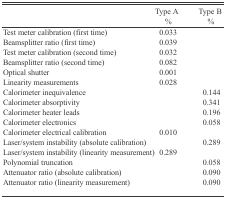
<table><thead><tr><td></td><td><b>Type A %</b></td><td><b>Type B %</b></td></tr></thead><tbody><tr><td>Test meter calibration (first time)</td><td>0.033</td><td></td></tr><tr><td>Beamsplitter ratio (first time)</td><td>0.039</td><td></td></tr><tr><td>Test meter calibration (second time)</td><td>0.032</td><td></td></tr><tr><td>Beamsplitter ratio (second time)</td><td>0.082</td><td></td></tr><tr><td>Optical shutter</td><td>0.001</td><td></td></tr><tr><td>Linearity measurements</td><td>0.028</td><td></td></tr><tr><td>Calorimeter inequivalence</td><td></td><td>0.144</td></tr><tr><td>Calorimeter absorptivity</td><td></td><td>0.341</td></tr><tr><td>Calorimeter heater leads</td><td></td><td>0.196</td></tr><tr><td>Calorimeter electronics</td><td></td><td>0.058</td></tr><tr><td>Calorimeter electrical calibration</td><td>0.010</td><td></td></tr><tr><td>Laser/system instability (absolute calibration)</td><td></td><td>0.289</td></tr><tr><td>Laser/system instability (linearity measurement)</td><td>0.289</td><td></td></tr><tr><td>Polynomial truncation</td><td></td><td>0.058</td></tr><tr><td>Attenuator ratio (absolute calibration)</td><td></td><td>0.090</td></tr><tr><td>Attenuator ratio (linearity measurement)</td><td></td><td>0.090</td></tr></tbody></table>